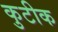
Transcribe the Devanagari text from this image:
कुटीक